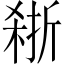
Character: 𪲽